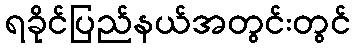
ရခိုင်ပြည်နယ်အတွင်းတွင်